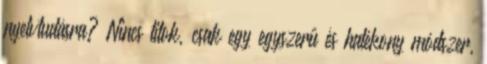
nyelvtudásra? Nincs titok, csak egy egyszerű és hatékony módszer,